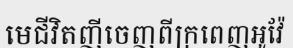
មេជីវិតញីចេញពីក្រពេញអូវ៉ែ